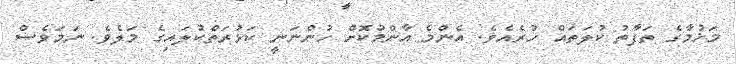
މަޚުމާގެ ތަފާތު ކުލަތައް ހުރެއެވެ. އެންމެ އާންމުކޮށް ހުންނަނީ ކަޅުރަތްކުލައިގެ މަލެވެ. ނަމަވެސް